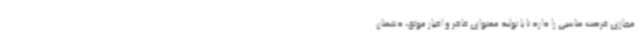
مجازی فرصت مناسبی را دارد تا با تولید محتوای فاخر و اخبار موثق، دشمنان